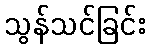
သွန်သင်ခြင်း